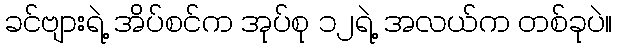
ခင်ဗျားရဲ့ အိပ်စင်က အုပ်စု ၁၂ရဲ့ အလယ်က တစ်ခုပဲ။